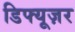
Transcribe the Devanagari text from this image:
डिफ्यूज़र